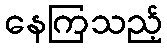
နေကြသည့်